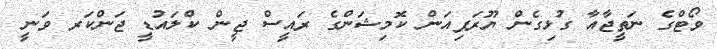
ވޯޓްގެ ނަތީޖާއާ ގުޅިގެން ޔޫރަޕިއަން ކޮމިޝަންގެ ރައީސް ޖީން ކްލައުޑީ ޖަންކަރ ވަނީ